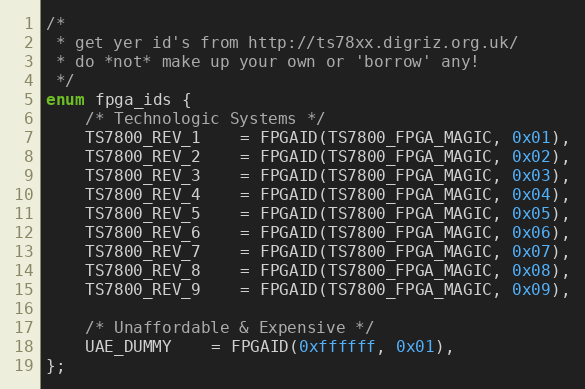
Language: C
/*
 * get yer id's from http://ts78xx.digriz.org.uk/
 * do *not* make up your own or 'borrow' any!
 */
enum fpga_ids {
	/* Technologic Systems */
	TS7800_REV_1	= FPGAID(TS7800_FPGA_MAGIC, 0x01),
	TS7800_REV_2	= FPGAID(TS7800_FPGA_MAGIC, 0x02),
	TS7800_REV_3	= FPGAID(TS7800_FPGA_MAGIC, 0x03),
	TS7800_REV_4	= FPGAID(TS7800_FPGA_MAGIC, 0x04),
	TS7800_REV_5	= FPGAID(TS7800_FPGA_MAGIC, 0x05),
	TS7800_REV_6	= FPGAID(TS7800_FPGA_MAGIC, 0x06),
	TS7800_REV_7	= FPGAID(TS7800_FPGA_MAGIC, 0x07),
	TS7800_REV_8	= FPGAID(TS7800_FPGA_MAGIC, 0x08),
	TS7800_REV_9	= FPGAID(TS7800_FPGA_MAGIC, 0x09),

	/* Unaffordable & Expensive */
	UAE_DUMMY	= FPGAID(0xffffff, 0x01),
};